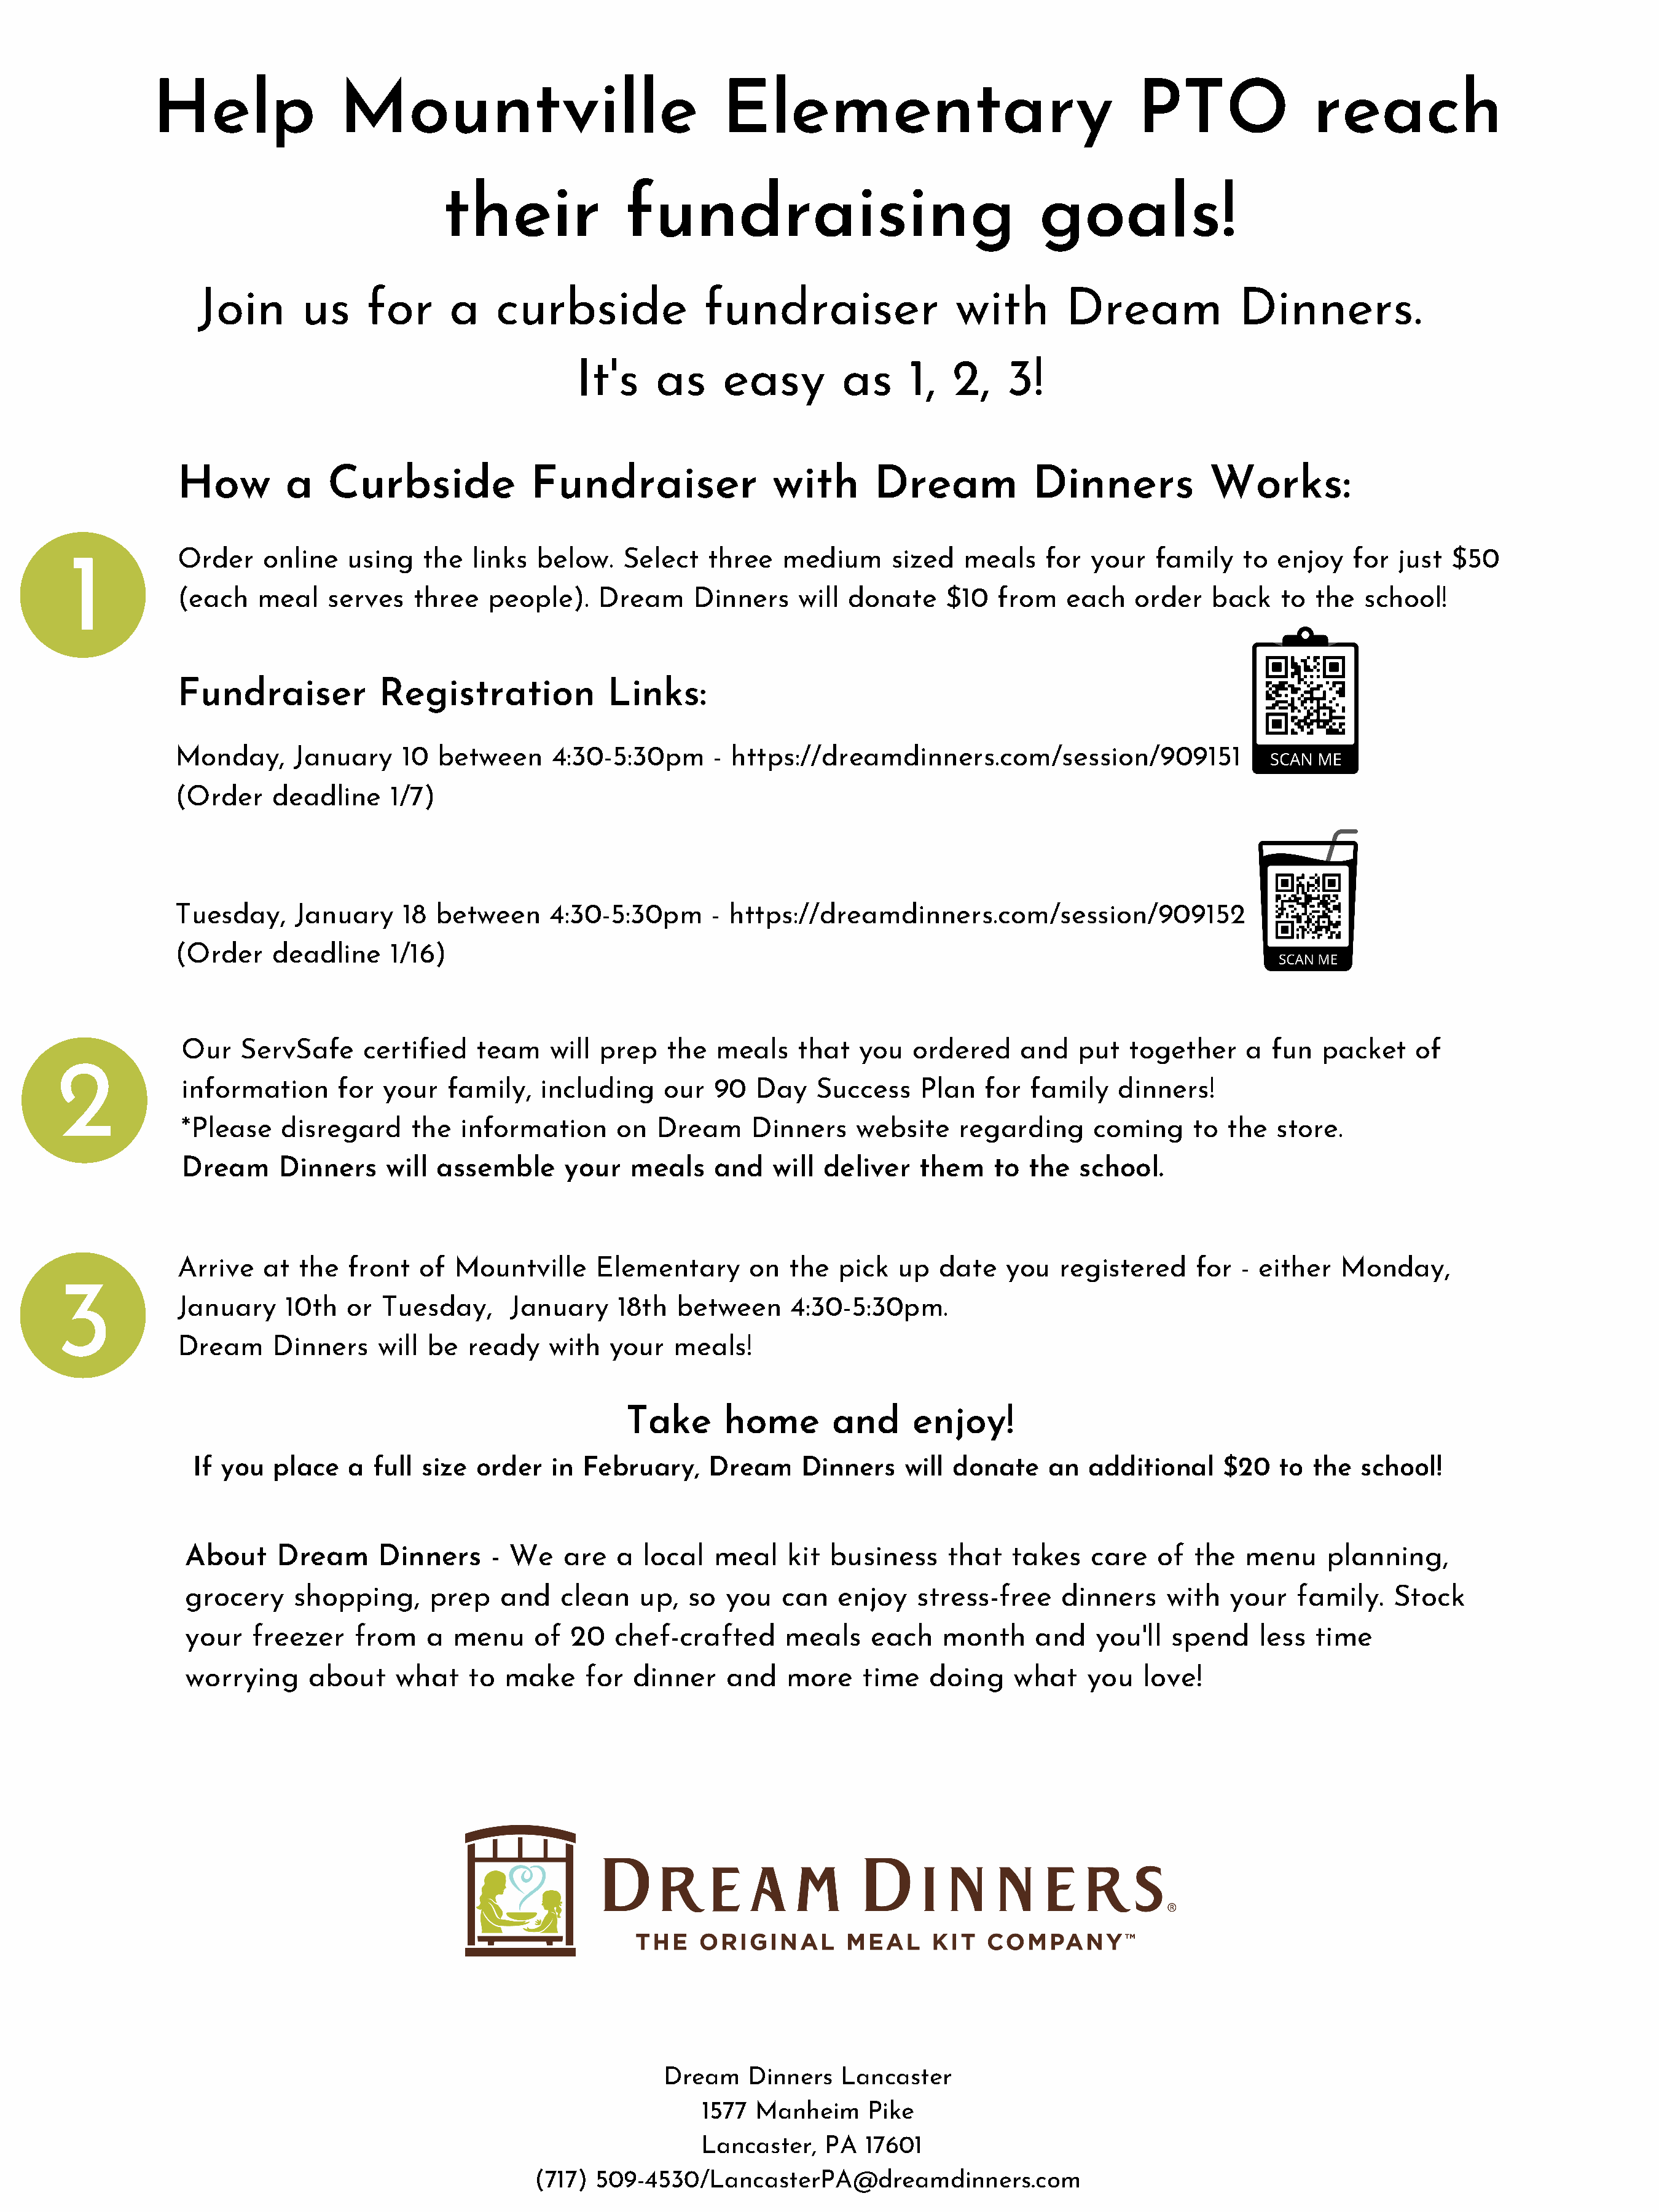
Help                 Mountville                               Elementary                                   PTO               reach
 their              fundraising                                  goals!
 Join       us      for     a    curbside               fundraiser                 with        Dream             Dinners.
 It's     as     easy         as     1,   2,   3!
 How         a   Curbside              Fundraiser                with       Dream            Dinners            Works:
 1           Order    online   using    the  links  below.   Select   three   medium      sized   meals    for  your  family    to  enjoy   for  just $50
 (each    meal   serves    three   people).   Dream      Dinners    will donate     $10  from    each   order    back   to  the  school!
 Fundraiser            Registration            Links:
 Monday,      January    10  between     4:30-5:30pm       - https://dreamdinners.com/session/909151
 (Order    deadline     1/7)
 Tuesday,     January    18  between     4:30-5:30pm       - https://dreamdinners.com/session/909152
 (Order    deadline     1/16)
 Our   ServSafe     certified   team    will  prep   the  meals    that   you  ordered     and   put   together    a  fun  packet    of
 2
 information     for  your   family,   including     our  90  Day    Success    Plan   for  family   dinners!
 *Please   disregard     the   information     on   Dream     Dinners    website    regarding      coming     to the   store.
 Dream     Dinners     will assemble      your   meals    and   will  deliver   them    to  the  school.
 Arrive   at  the  front   of  Mountville     Elementary       on  the  pick   up  date   you   registered     for  - either  Monday,
 3
 January     10th  or  Tuesday,      January     18th  between     4:30-5:30pm.
 Dream     Dinners     will be  ready    with   your   meals!
 Take       home        and     enjoy!
 If you  place   a  full size  order   in  February,    Dream     Dinners    will  donate    an  additional     $20   to the   school!
 About     Dream      Dinners     - We    are  a  local   meal    kit business     that   takes    care   of  the  menu     planning,
 grocery     shopping,     prep    and   clean    up,  so  you   can   enjoy    stress-free    dinners     with  your    family.   Stock
 your   freezer    from    a  menu     of 20   chef-crafted       meals    each    month     and   you'll  spend     less  time
 worrying     about     what   to  make     for  dinner    and    more    time   doing    what    you   love!
 Dream    Dinners   Lancaster
 1577 Manheim     Pike
 Lancaster,   PA  17601
 (717) 509-4530/LancasterPA@dreamdinners.com